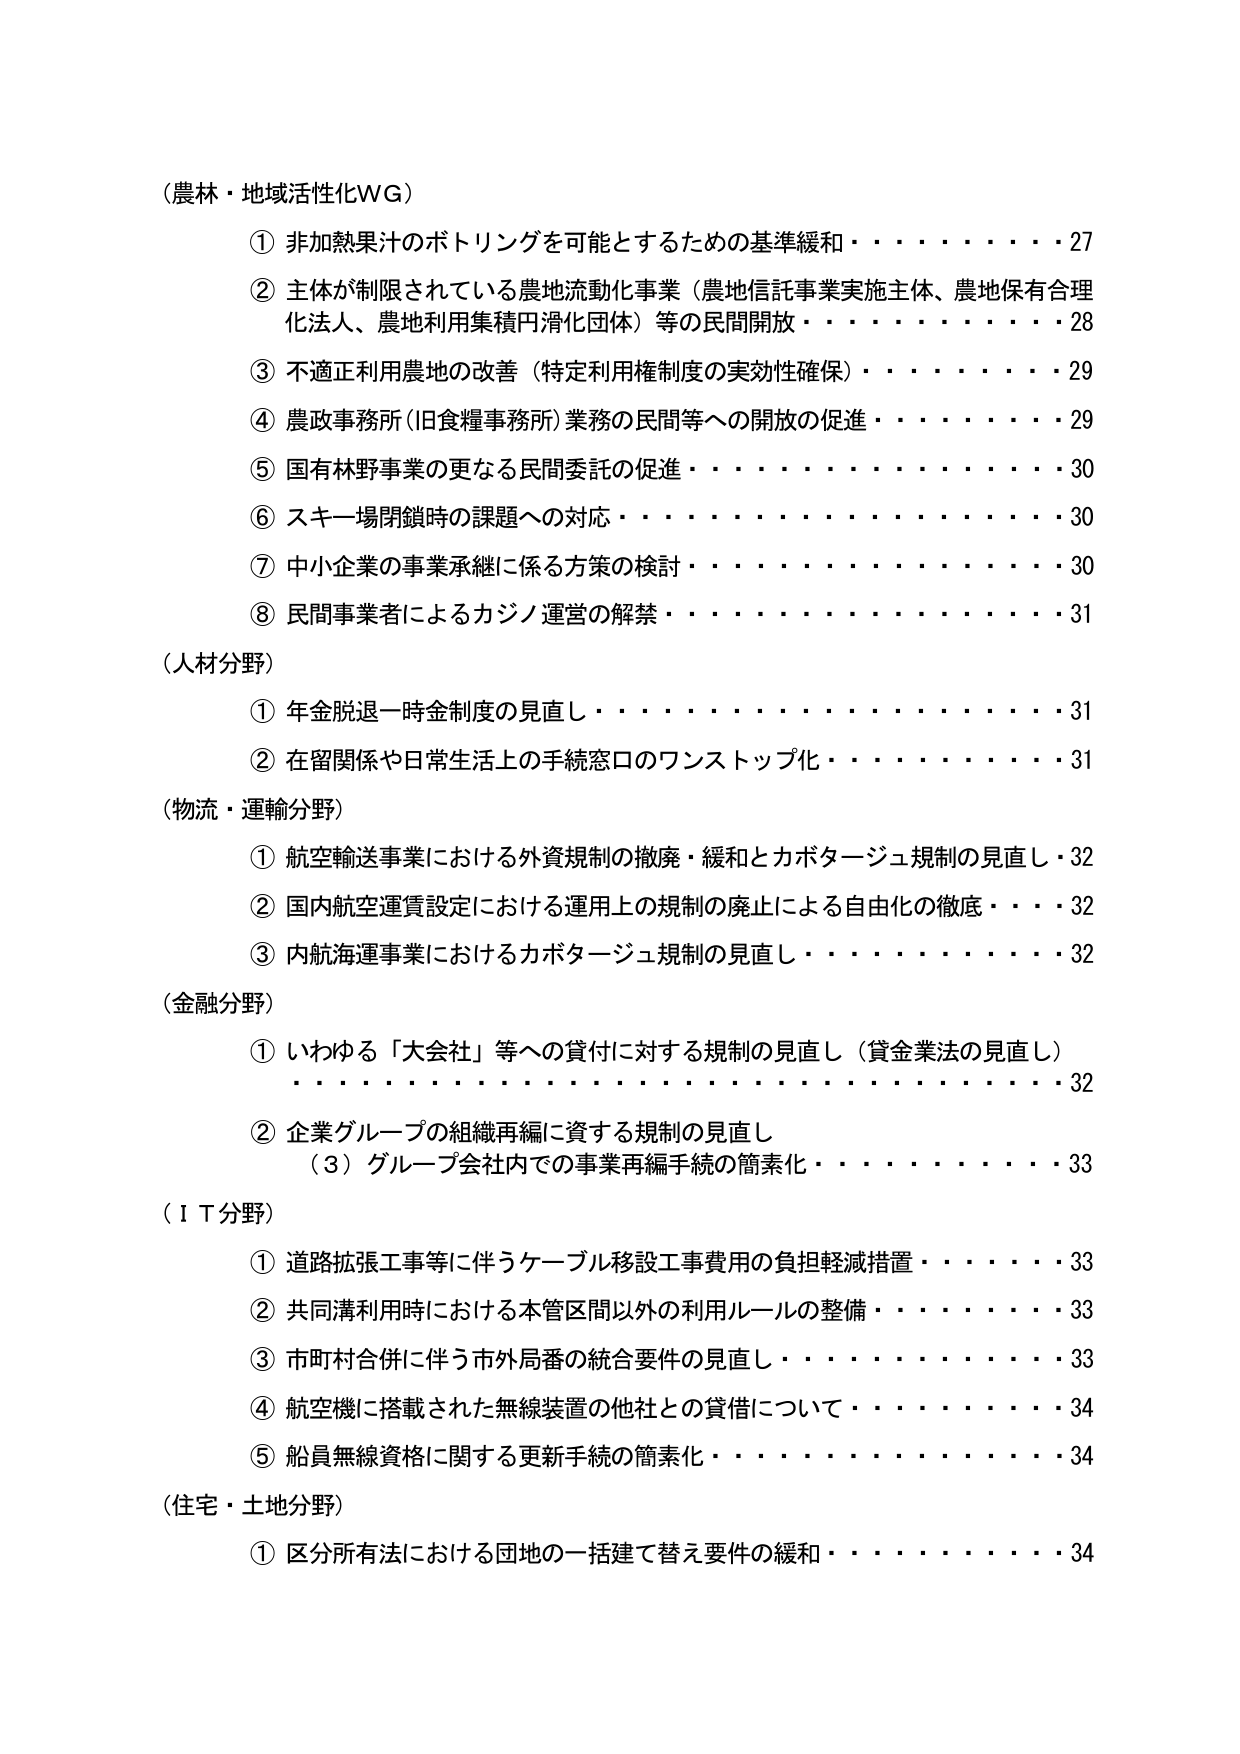
（農林・地域活性化WG）
① 非加熱果汁のボトリングを可能とするための基準緩和・・・・・・・・・・27
② 主体が制限されている農地流動化事業（農地信託事業実施主体、農地保有合理
化法人、農地利用集積円滑化団体）等の民間開放・・・・・・・・・・28
③ 不適正利用農地の改善（特定利用権制度の実効性確保）・・・・・・・・・・29
④ 農政事務所（旧食糧事務所）業務の民間等への開放の促進・・・・・・・・・・29
⑤ 国有林野事業の更なる民間委託の促進・・・・・・・・・・30
⑥ スキー場閉鎖時の課題への対応・・・・・・・・・・30
⑦ 中小企業の事業承継に係る方策の検討・・・・・・・・・・30
⑧ 民間事業者によるカジノ運営の解禁・・・・・・・・・・31

（人材分野）
① 年金脱退一時金制度の見直し・・・・・・・・・・31
② 在留関係や日常生活上の手続窓口のワンストップ化・・・・・・・・・・31

（物流・運輸分野）
① 航空輸送事業における外資規制の撤廃・緩和とカポタージュ規制の見直し・32
② 国内航空運賃設定における運用上の規制の廃止による自由化の徹底・・・・32
③ 内航海運事業におけるカポタージュ規制の見直し・・・・・・・・・・32

（金融分野）
① いわゆる「大会社」等への貸付に対する規制の見直し（貸金業法の見直し）
・・・・・・・・・・・・・・・・・・・・・・・・・・・・32
② 企業グループの組織再編に資する規制の見直し
（3）グループ会社内での事業再編手続の簡素化・・・・・・・・・・33

（ＩＴ分野）
① 道路拡張工事等に伴うケーブル移設工事費用の負担軽減措置・・・・・・・・33
② 共同溝利用時における本管区間以外の利用ルールの整備・・・・・・・・・・33
③ 市町村合併に伴う市外局番の統合要件の見直し・・・・・・・・・・33
④ 航空機に搭載された無線装置の他社との貸借について・・・・・・・・・・34
⑤ 船員無線資格に関する更新手続の簡素化・・・・・・・・・・34

（住宅・土地分野）
① 区分所有法における団地の一括建て替え要件の緩和・・・・・・・・・・34